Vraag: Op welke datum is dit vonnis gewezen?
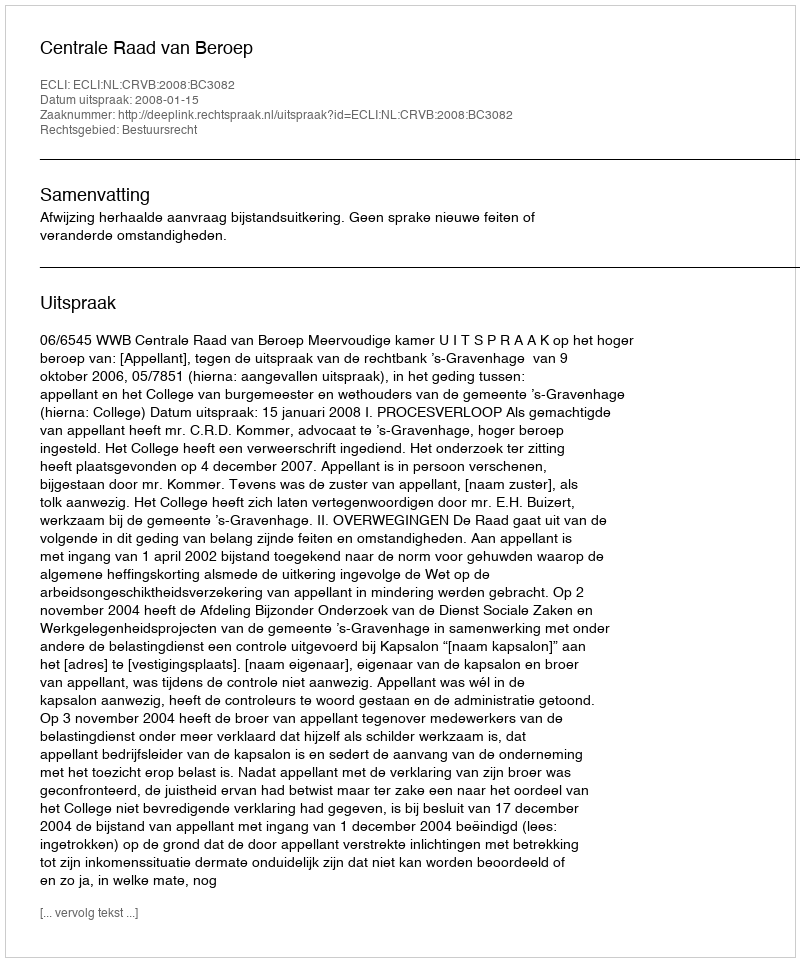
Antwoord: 2008-01-15